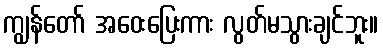
ကျွန်တော် အဝေးပြေးကား လွတ်မသွားချင်ဘူး။